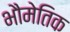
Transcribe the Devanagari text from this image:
भौमेतिक